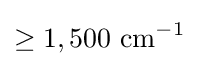
\geq 1,500{\text{ cm}}^{-1}